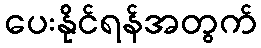
ပေးနိုင်ရန်အတွက်